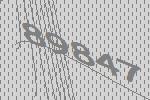
89847